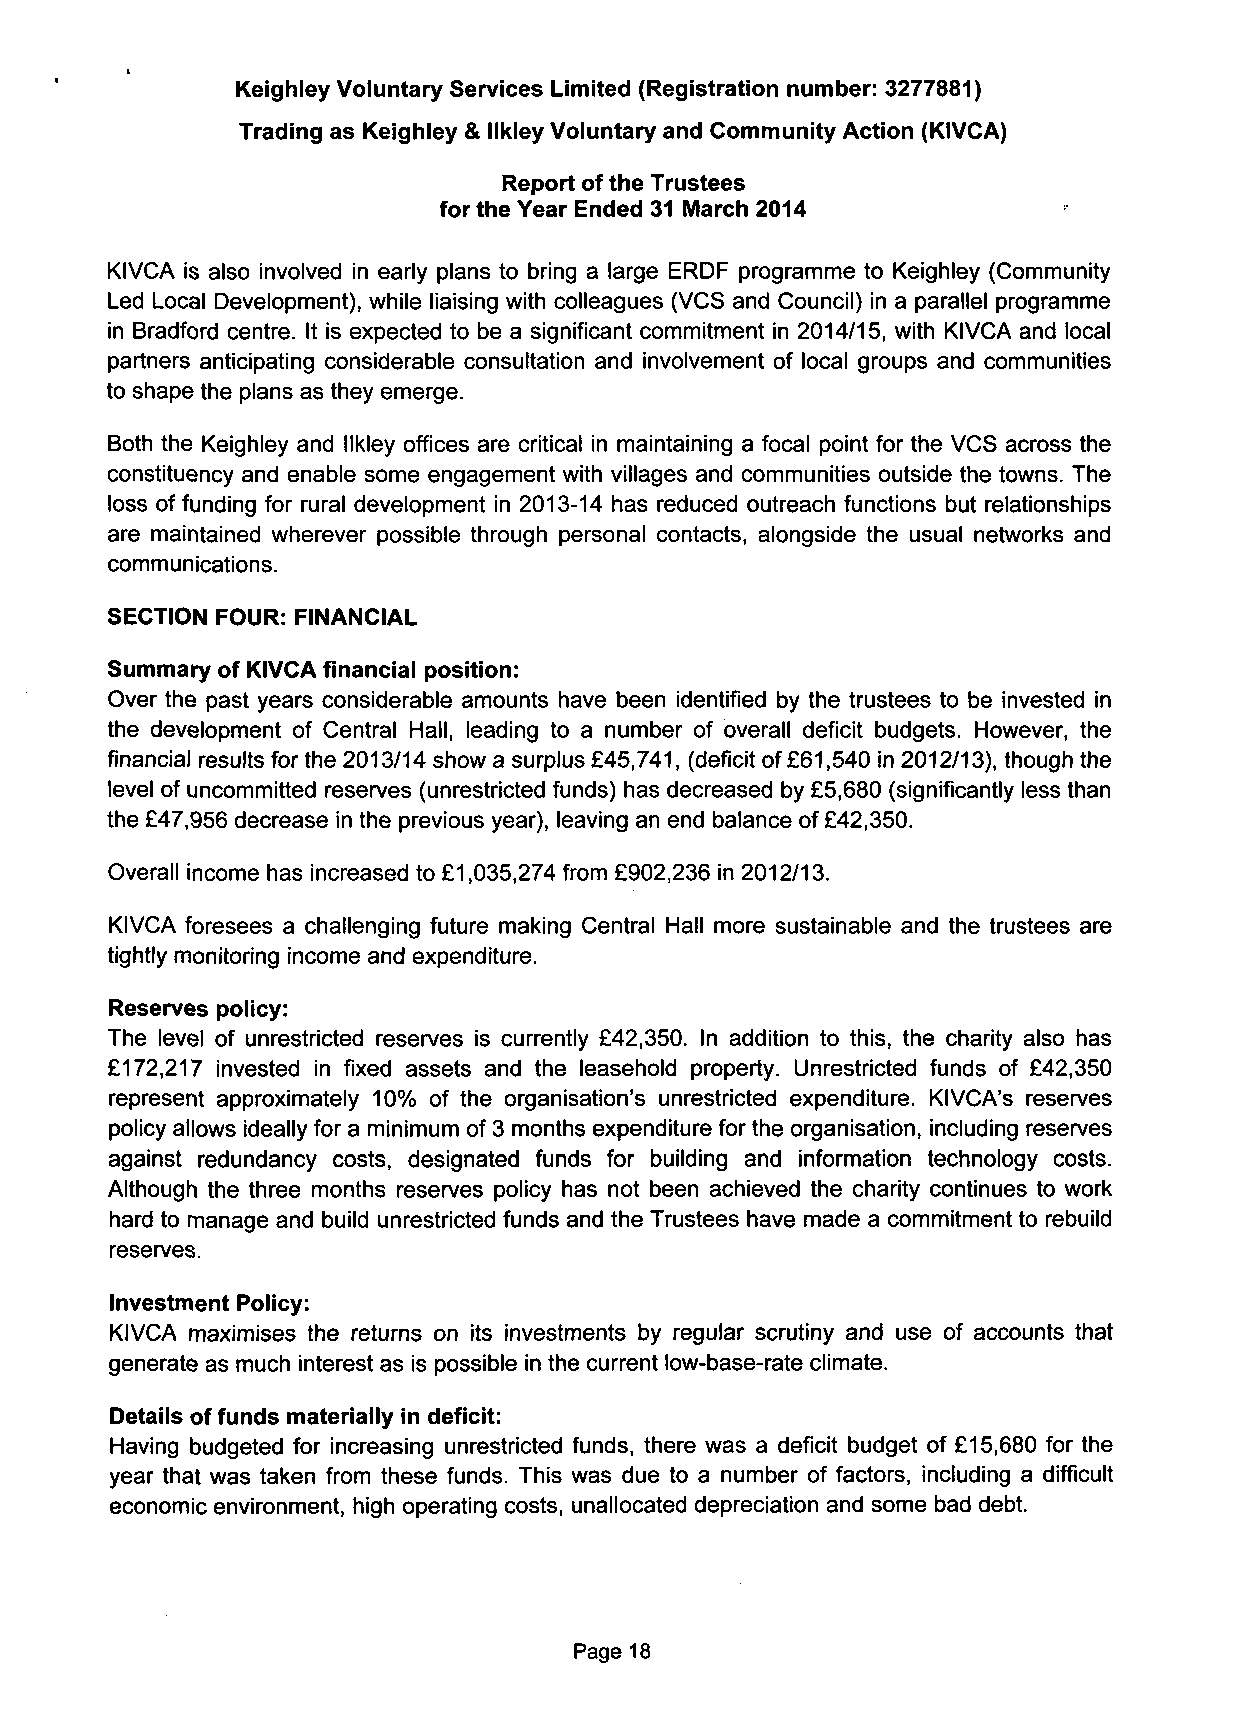
Keighley Voluntary Services Limited (Registration number: 3277881)
 Trading as Keighley & llkley Voluntary and Community Action (KIVCA)
 Report of the Trustees
 for the Year Ended 31 March 2014
 KIVCA is also involved in early plans to bring a large ERDF programme to Keighley (Community
 Led Local Development), while liaising with colleagues (VCS and Council) in a parallel programme
 in Bradford centre. It is expected to be a significant commitment in 2014/15, with KIVCA and local
 partners anticipating considerable consultation and involvement of local groups and communities
 to shape the plans as they emerge.
 Both the Keighley and llkley offices are critical in maintaining a focal point for the VCS across the
 constituency and enable some engagement with villages and communities outside the towns. The
 loss of funding for rural development in 2013-14 has reduced outreach functions but relationships
 are maintained wherever possible through personal contacts, alongside the usual networks and
 communications.
 SECTION FOUR: FINANCIAL
 Summary of KIVCA financial position:
 Over the past years considerable amounts have been identified by the trustees to be invested in
 the development of Central Hall, leading to a number of overall deficit budgets. However, the
 financial results for the 2013/14 show a surplus £45,741, (deficit of £61,540 in 2012/13), though the
 level of uncommitted reserves (unrestricted funds) has decreased by £5,680 (significantly less than
 the £47,956 decrease in the previous year), leaving an end balance of £42,350.
 Overall income has increased to £1,035,274 from £902,236 in 2012/13.
 KIVCA foresees a challenging future making Central Hall more sustainable and the trustees are
 tightly monitoring income and expenditure.
 Reserves policy:
 The level of unrestricted reserves is currently £42,350. In addition to this, the charity also has
 £172,217 invested in fixed assets and the leasehold property. Unrestricted funds of £42,350
 represent approximately 10% of the organisation's unrestricted expenditure. KIVCA's reserves
 policy allows ideally for a minimum of 3 months expenditure for the organisation, including reserves
 against redundancy costs, designated funds for building and information technology costs.
 Although the three months reserves policy has not been achieved the charity continues to work
 hard to manage and build unrestricted funds and the Trustees have made a commitment to rebuild
 reserves.
 Investment Policy:
 KIVCA maximises the returns on its investments by regular scrutiny and use of accounts that
 generate as much interest as is possible in the current low-base-rate climate.
 Details of funds materially in deficit:
 Having budgeted for increasing unrestricted funds, there was a deficit budget of £15,680 for the
 year that was taken from these funds. This was due to a number of factors, including a difficult
 economic environment, high operating costs, unallocated depreciation and some bad debt.
 Page 18